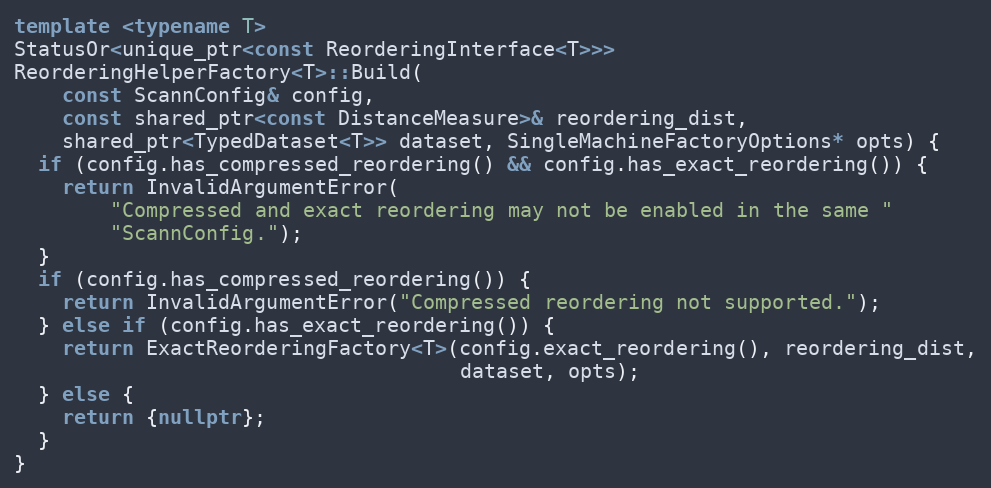
Language: C++
template <typename T>
StatusOr<unique_ptr<const ReorderingInterface<T>>>
ReorderingHelperFactory<T>::Build(
    const ScannConfig& config,
    const shared_ptr<const DistanceMeasure>& reordering_dist,
    shared_ptr<TypedDataset<T>> dataset, SingleMachineFactoryOptions* opts) {
  if (config.has_compressed_reordering() && config.has_exact_reordering()) {
    return InvalidArgumentError(
        "Compressed and exact reordering may not be enabled in the same "
        "ScannConfig.");
  }
  if (config.has_compressed_reordering()) {
    return InvalidArgumentError("Compressed reordering not supported.");
  } else if (config.has_exact_reordering()) {
    return ExactReorderingFactory<T>(config.exact_reordering(), reordering_dist,
                                     dataset, opts);
  } else {
    return {nullptr};
  }
}